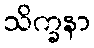
သိက္ခနာ